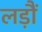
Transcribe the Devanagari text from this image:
लड़ौं